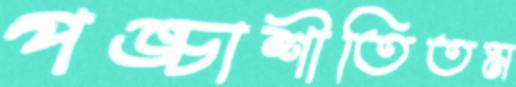
পঙ্চাশীতিতম